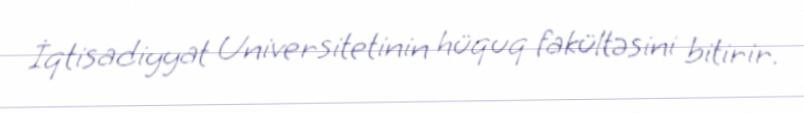
İqtisadiyyat Universitetinin hüquq fakültəsini bitirir.